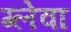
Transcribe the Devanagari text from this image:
ग्लेवा